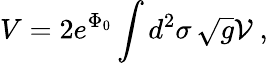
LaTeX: V=2e^{\Phi_{0}}\int d^{2}\sigma\, \sqrt{g}{\cal V}\ ,